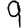
Digit: 9